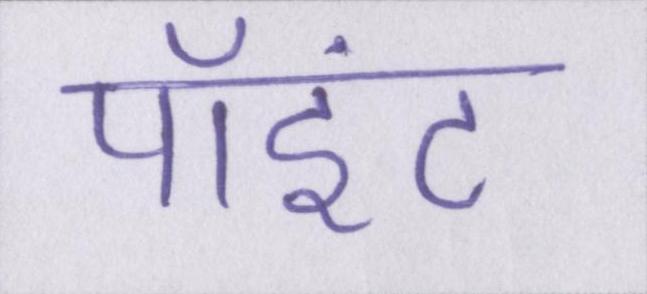
पॉइंट